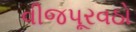
વીજપૂરવઠો